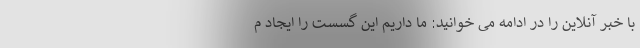
با خبر آنلاین را در ادامه می خوانید: ما داریم این گسست را ایجاد م